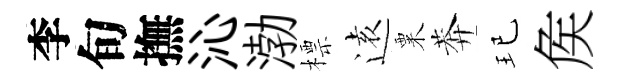
李旬撫沁渤標逺粟莾玘矦